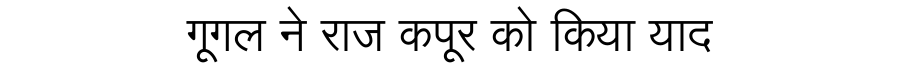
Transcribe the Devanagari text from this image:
गूगल ने राज कपूर को किया याद